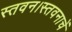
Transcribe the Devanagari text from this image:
स्तवन।स्तवनाचें